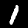
Label: 1